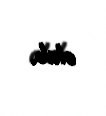
olub.